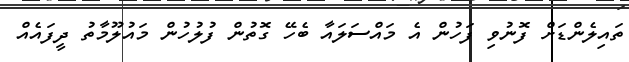
ތައިލެންޑަށް ފޮނުވި ފަހުން އެ މައްސަލައާ ބެހޭ ގޮތުން ފުލުހުން މައުލޫމާތު ދީފައެއް